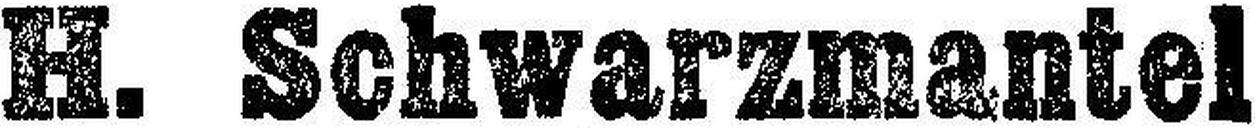
H. Schwarzmantel